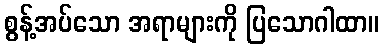
စွန့်အပ်သော အရာများကို ပြသောဂါထာ။